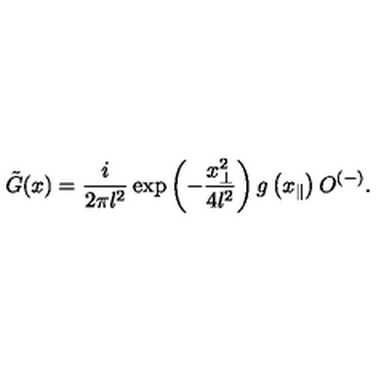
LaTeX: \tilde { G } ( x ) = \frac { i } { 2 \pi l ^ { 2 } } \exp \left( - \frac { x _ { \perp } ^ { 2 } } { 4 l ^ { 2 } } \right) g \left( x _ { \parallel } \right) O ^ { ( - ) } .